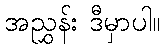
အညွှန်း ဒီမှာပါ။